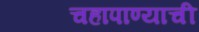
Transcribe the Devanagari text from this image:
चहापाण्याची